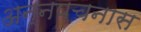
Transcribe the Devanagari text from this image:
अन्नपचनास